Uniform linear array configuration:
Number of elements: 16
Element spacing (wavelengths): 0.5
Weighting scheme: hamming
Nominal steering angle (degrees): -60
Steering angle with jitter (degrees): -60.942
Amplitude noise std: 0.05
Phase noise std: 0.05

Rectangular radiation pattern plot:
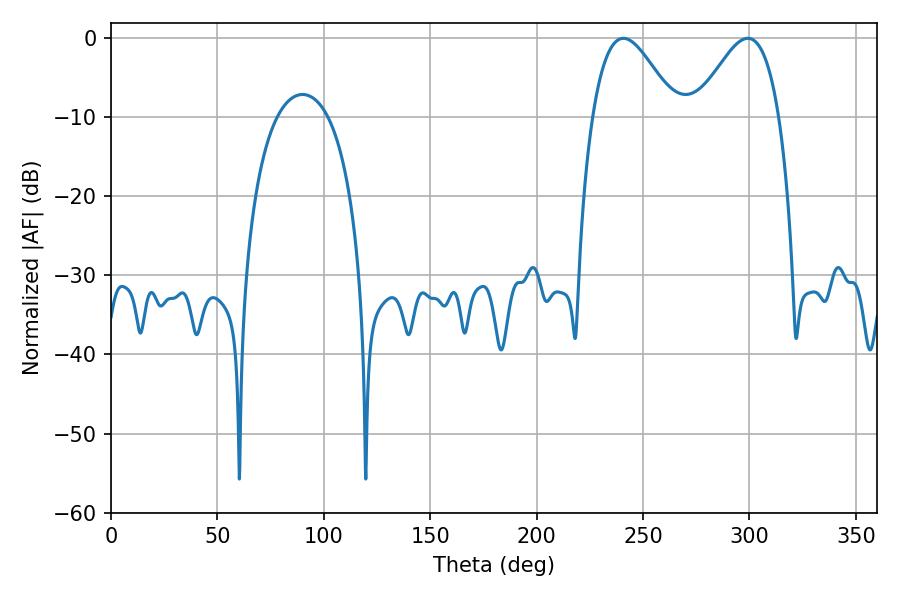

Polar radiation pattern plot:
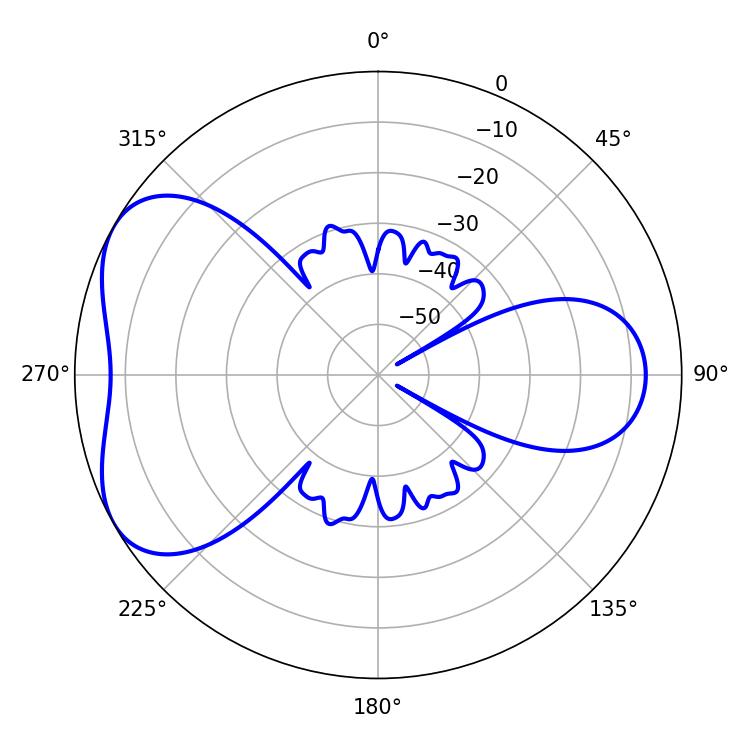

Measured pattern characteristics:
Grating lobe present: FALSE
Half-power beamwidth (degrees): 21.06
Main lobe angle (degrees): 240.84